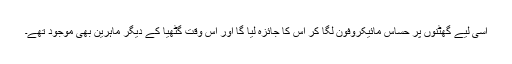
اسی لیے گھٹنوں پر حساس مائیکروفون لگا کر اس کا جائزہ لیا گا اور اس وقت گٹھیا کے دیگر ماہرین بھی موجود تھے۔